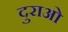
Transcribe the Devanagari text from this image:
दुराओ